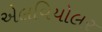
એલવિયોલર